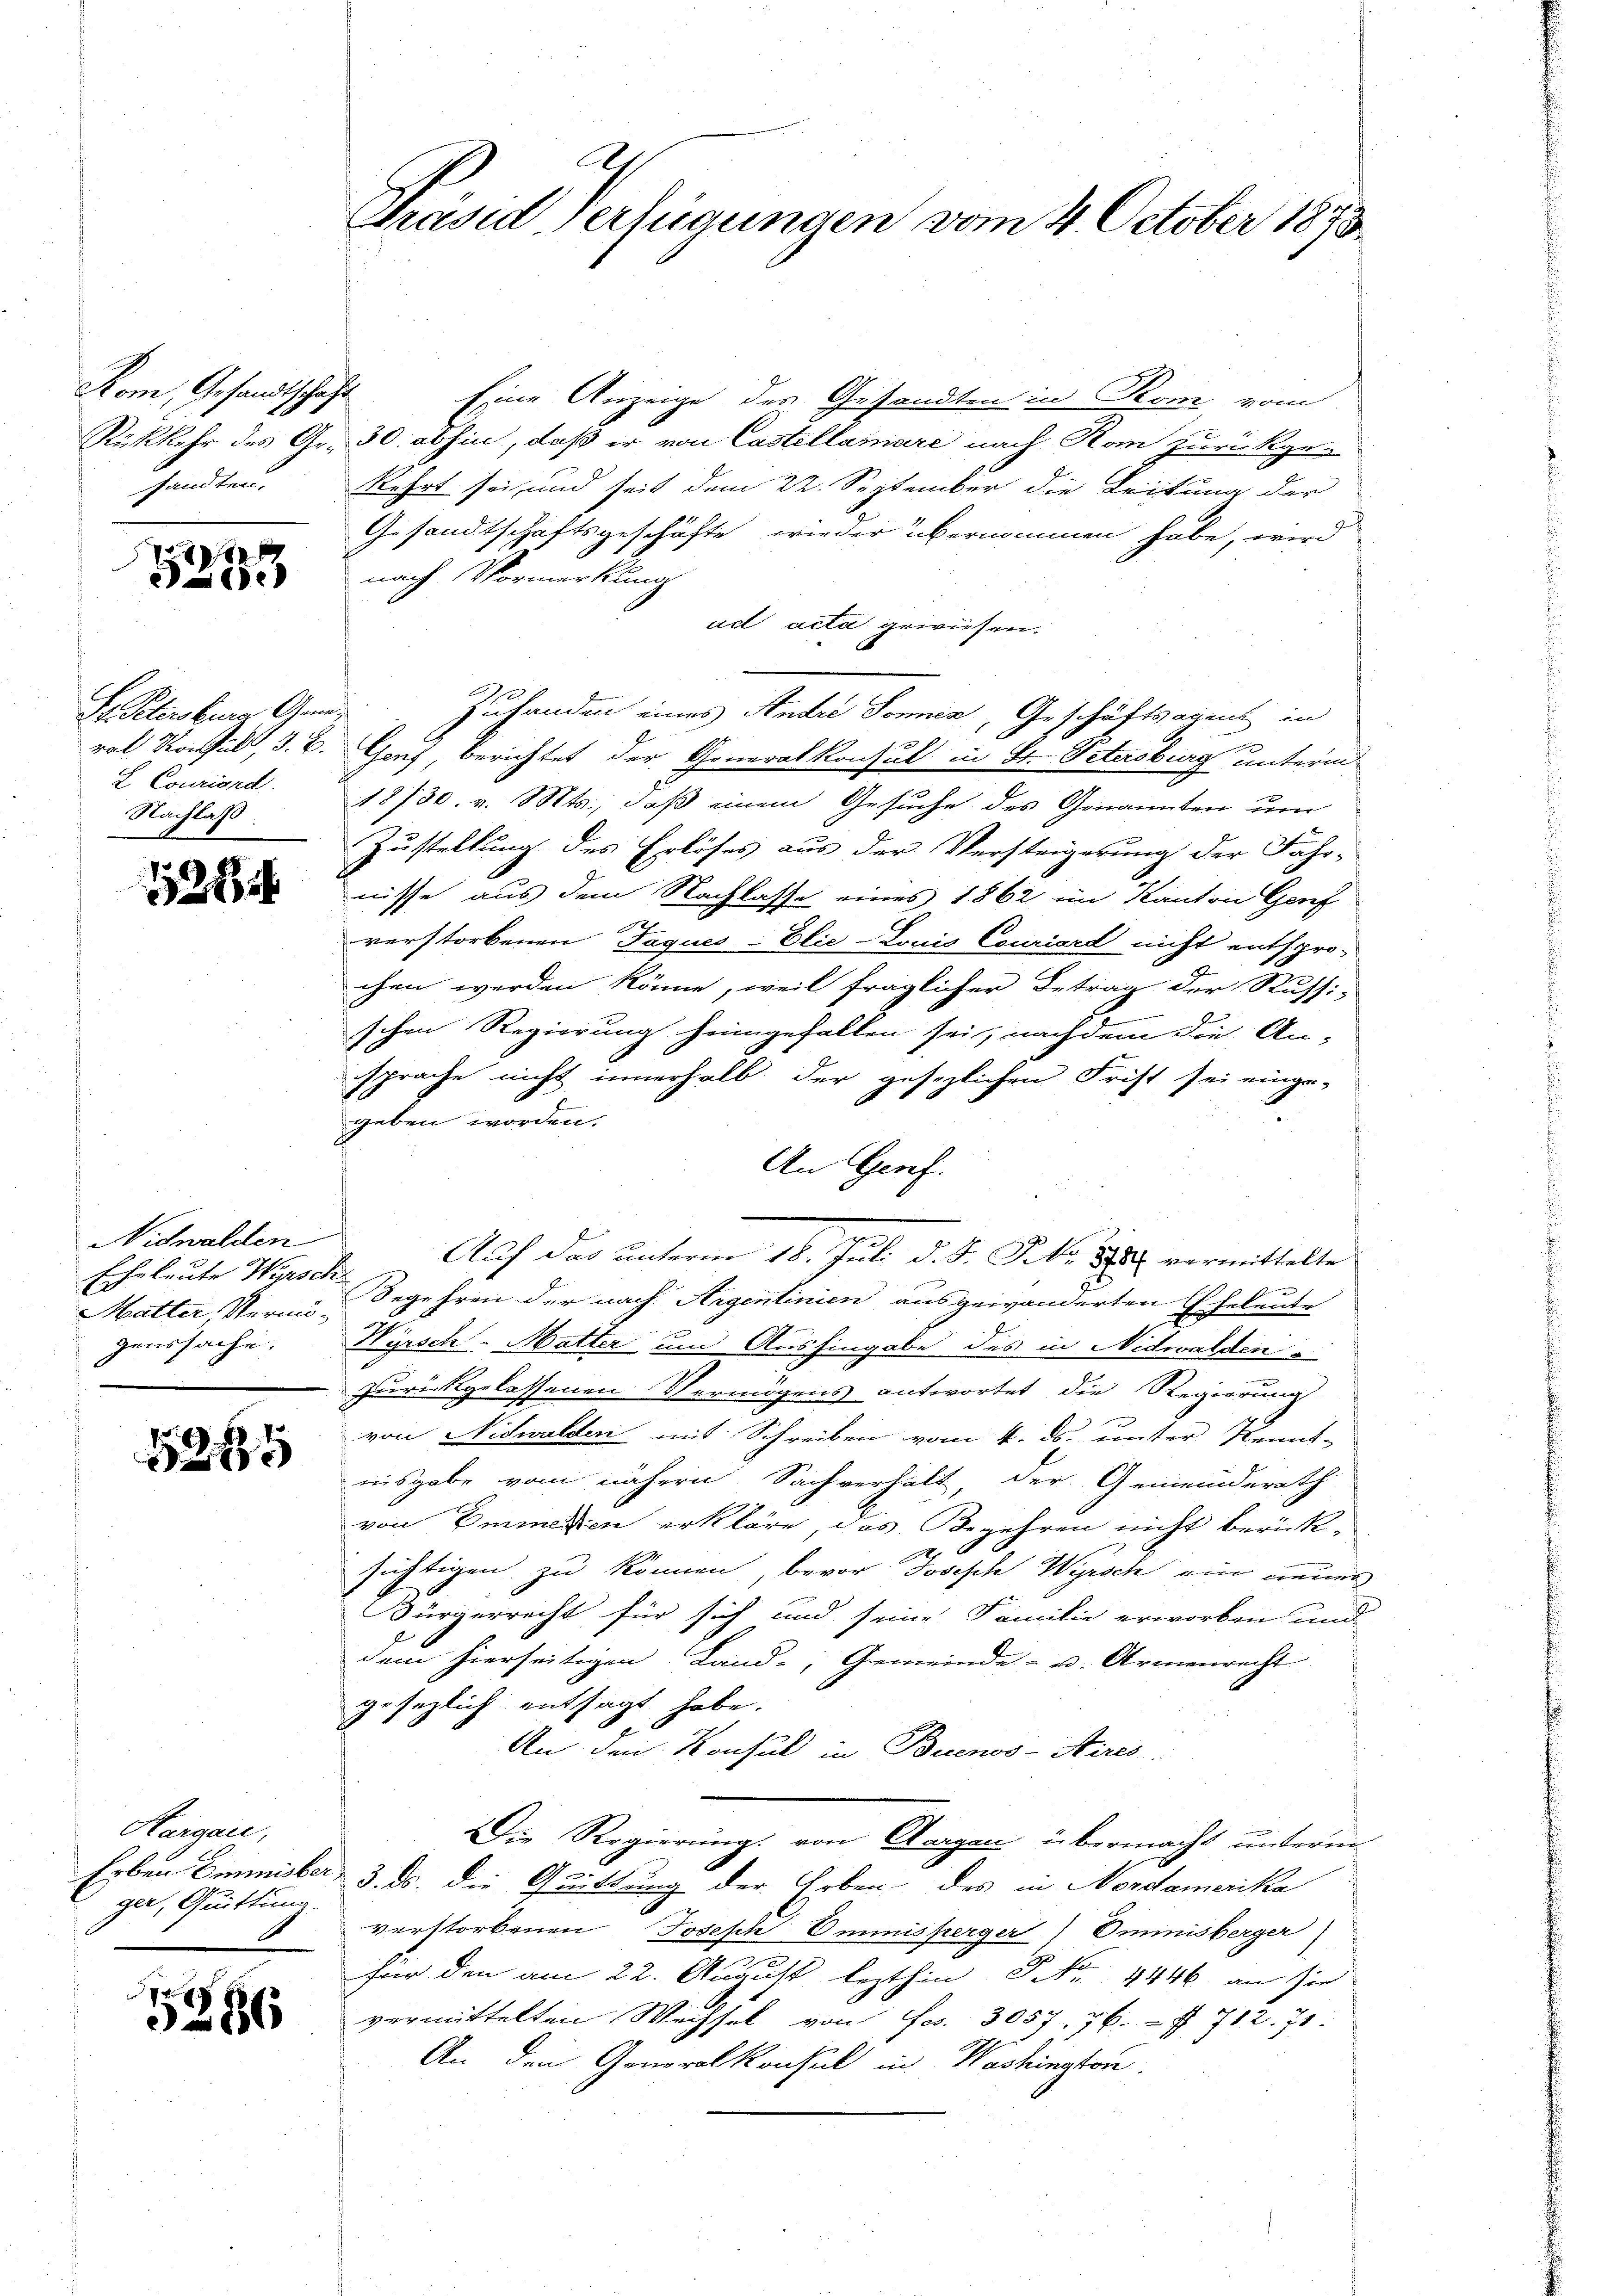
Rom, Gesandtschäft
sandten.

12
Pace

Dr. Petersbur Genan
L. Couriord.
Nachlaß

1284

Nidwalden
Echeleute Wirsch
genssache:

5285

Hargau,
ger, Quittung.
E

5286

Eine Anzeige des Gesandten in Rom, vom
Rückkehr des Gr. 30. abhin, daß er von Castellamare nach Non zurückgekehrt sei, und seit dem 22. September die Leitung der
Gesandtschaftsgeschäfte wieder übernommen habe, wird
nach Vormerkung
ad acta gewiesen.
Zuhanden eines Andre Sonnen, Geschäftsagent in
ral Rochuld, 3. B. Gach, berichtet der Generalkonsul in St. Petersburg unterm
18730. v. Mts., daß einem Gesuche des Genannten um
Zustellung des Erlöses aus der Versteigerung der Fahr-
nisse aus dem Nachlasse eines 1862 im Kanton Genf
verstorbenen Jaques-Elie-Louis Couriard nicht entsprochen werden könne, weil fraglicher Betrag der Russi-
schen Regierung heimgefallen sei, nachdem die An-
sprache nicht innerhalb der gesezlichen Frist sei einge-
geben worden.
An Genf.
E
Mutter Vermin Begehren der nach Argentinien ausgewanderten
Eheleute
2
Hyrsch-Matter und Aushingabe des in Nidwalden
.
zurückgelassenen Vermögens antwortet die Regierung
von Nidwalder mit Schreiben vom 4. ds. unter Nenns-
ausgabe vom nähern Sachverhält, der Gemeinderath
von Emmation erkläre, das Begehren nicht berück¬
 sichtigen zu können, bevor Joseph Wyrsch ein neuert
Bürgerrecht für sich und seine Familie erworben und
dem hierseitigen Land-, Gemeinde- u. Armenrecht
gesezlich entsagt habe.
An den Konsul in Buenos-Kires.
Die Regierungs von Aargau übermacht unterm
.
Erben Emmisber, 3. ds. die Quittung der Erben des in Nordamerika
verstorbenen Joseph Ommnisserger) Ominisberger
für den am 22. August lezthin Nr. 1446. an sie
vermittelten Wechsel von Fr. 3057, 76. 712. 71.
An den Generalkonsul in Washington.

Phrasid Verfügungen vom 4. October 1873

Auf das unterm 16. Juli d. d. Frk. 1888 vermittelte